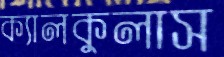
ক্যালকুলাস